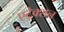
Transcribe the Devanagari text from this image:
एट्रेक्शन